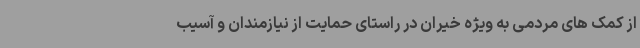
از کمک های مردمی به ویژه خیران در راستای حمایت از نیازمندان و آسیب